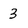
Character: 3